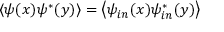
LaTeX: \left\langle \psi ( x ) \psi ^ { \ast } ( y ) \right\rangle = \left\langle \psi _ { i n } ( x ) \psi _ { i n } ^ { \ast } ( y ) \right\rangle